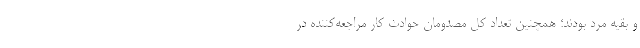
و بقیه مرد بودند؛ همچنین تعداد کل مصدومان حوادث کار مراجعه‌کننده در